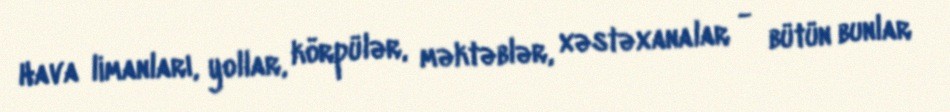
Hava limanları, yollar, körpülər, məktəblər, xəstəxanalar - bütün bunlar